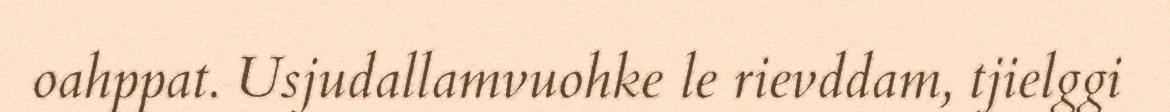
oahppat. Usjudallamvuohke le rievddam, tjielggi